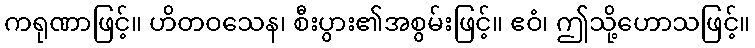
ကရုဏာဖြင့်။ ဟိတဝသေန၊ စီးပွား၏အစွမ်းဖြင့်။ ဧဝံ၊ ဤသို့ဟောသဖြင့်။